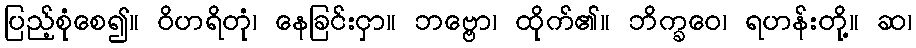
ပြည့်စုံစေ၍။ ဝိဟရိတုံ၊ နေခြင်းငှာ။ ဘဗ္ဗော၊ ထိုက်၏။ ဘိက္ခဝေ၊ ရဟန်းတို့။ ဆ၊